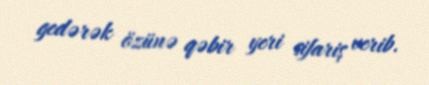
gedərək özünə qəbir yeri sifariş verib.